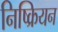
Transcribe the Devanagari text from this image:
निष्क्रियन